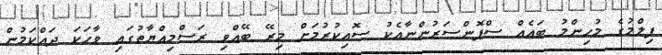
ފިލްމުގެ މުހިންމު ބައެއް ސްޕޮންސަރުންނާއެކު ސޮއިކުރުމަށް މިރޭ ބޭއްވި ރަސްމިއްޔާތުގައި ވާހަކަ ދައްކަމުން